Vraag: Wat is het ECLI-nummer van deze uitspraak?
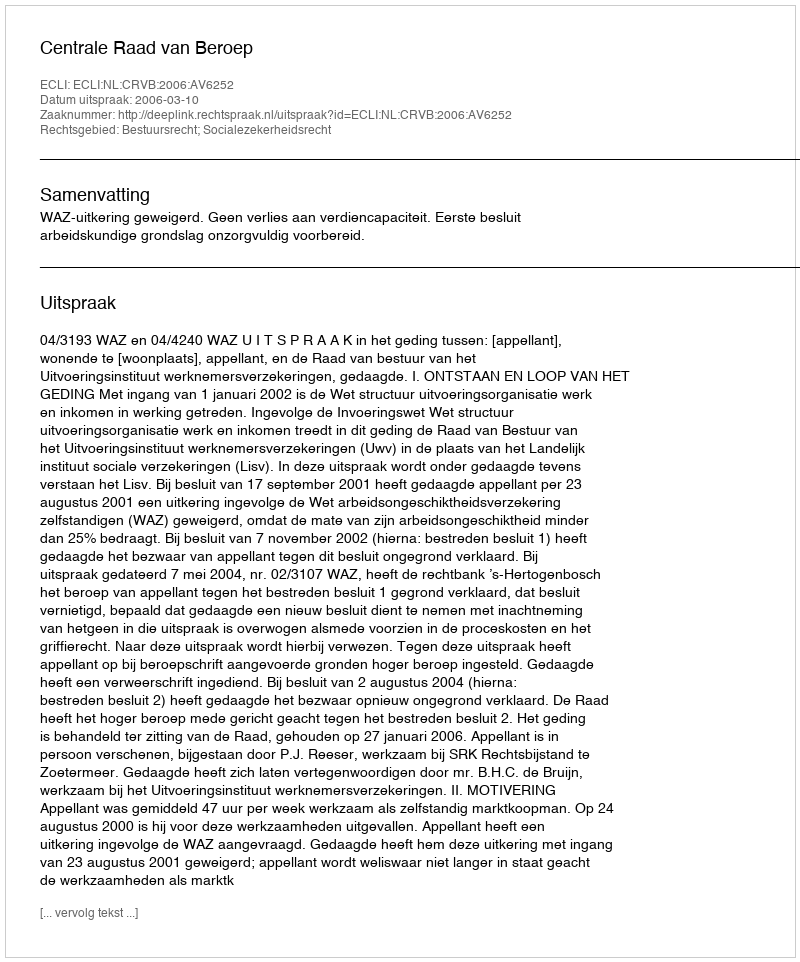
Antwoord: ECLI:NL:CRVB:2006:AV6252